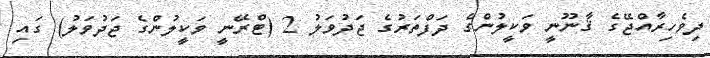
ދިވެހިރާއްޖޭގެ ޤާނޫނީ ވަކީލުންގެ ދަފްތަރުގެ ޖަދުވަލު 2 (ޓްރޭނީ ވަކީލުންގެ ޖަދުވަލު) ގައި